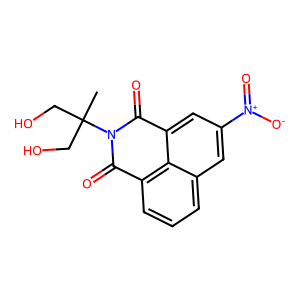
SMILES: CC(CO)(CO)N1C(=O)c2cccc3cc([N+](=O)[O-])cc(c23)C1=O
Inhibits HIV replication: No